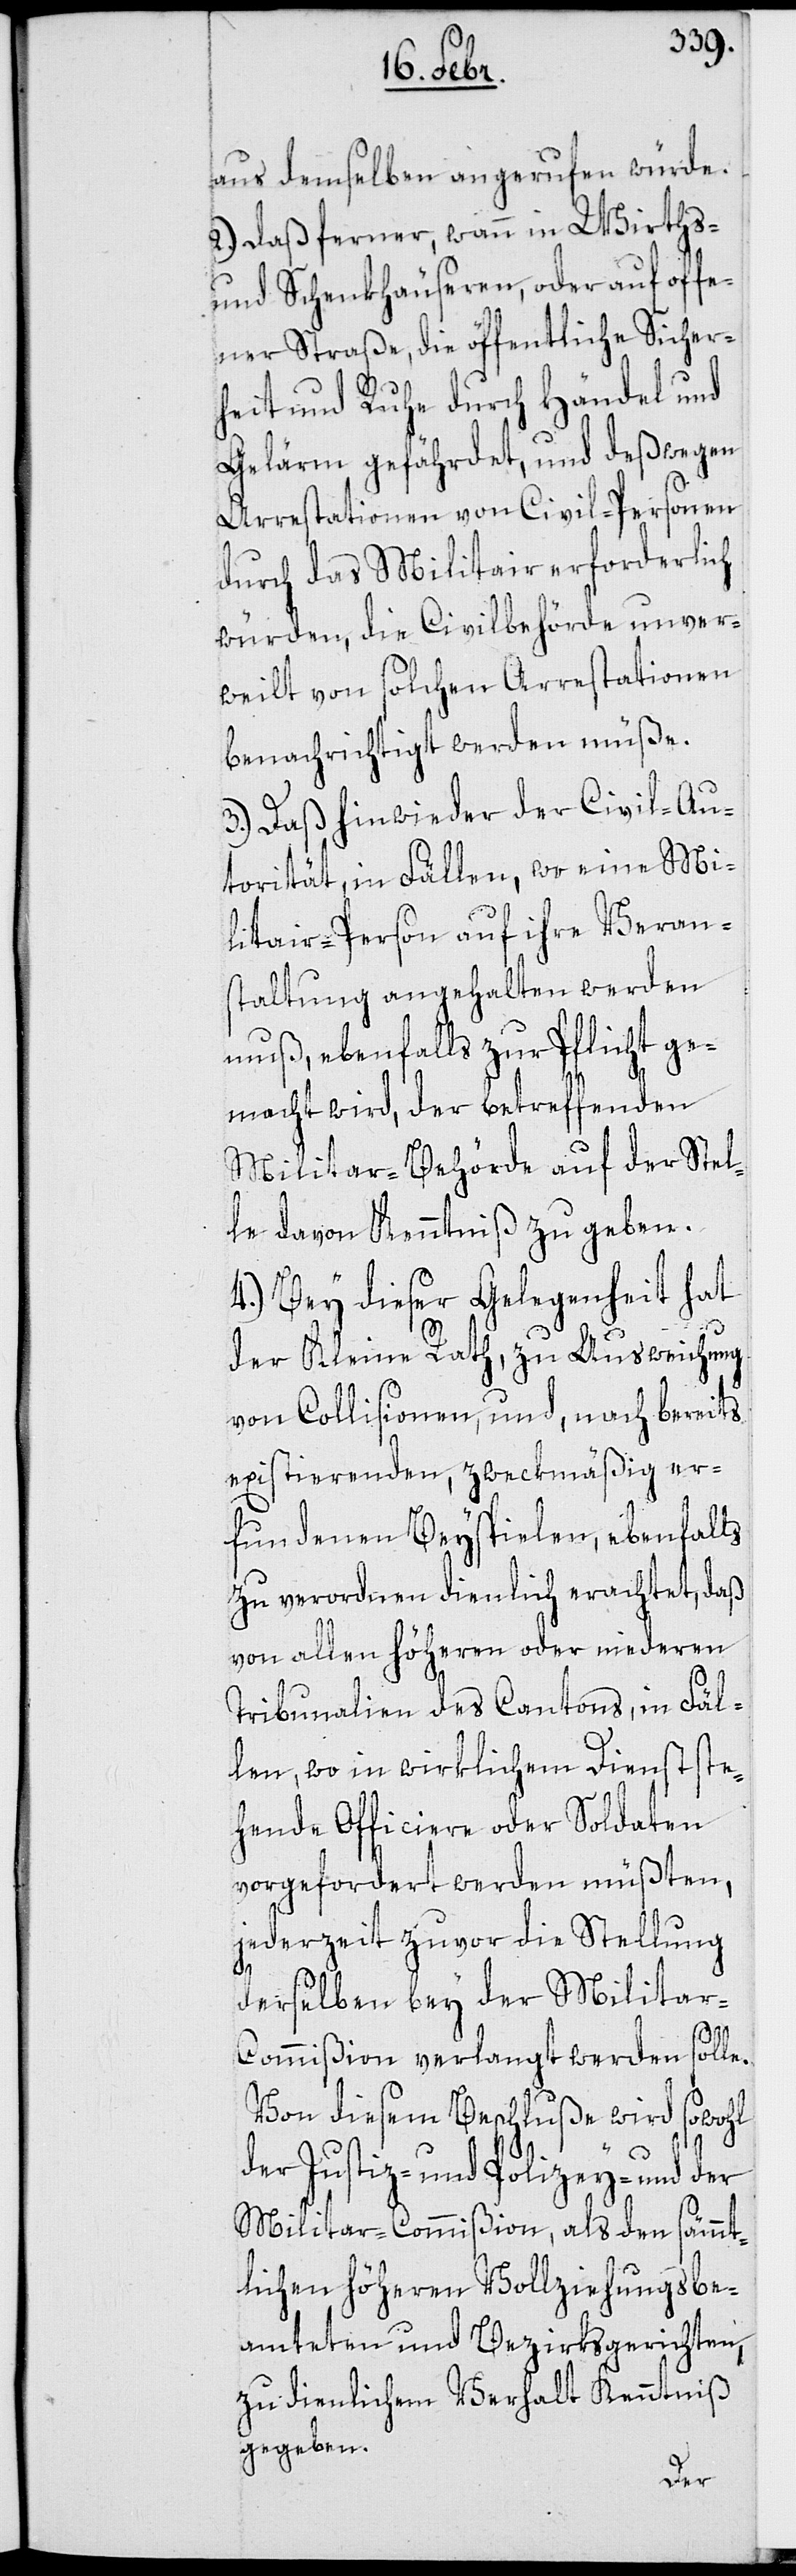
aus demselben angerufen würde.
2.) Daß ferner, wann in Wirths-
und Schenkhäuseren, oder auf offe¬
ner Straße, die öffentliche Sicher¬
heit und Ruhe durch Händel und
Gelärm gefährdet, und deßwegen
Arrestationen von Civil-Personen
durch das Militair erforderlich
würden, die Civilbehörde unver¬
weilt von solchen Arrestationen
benachrichtiget werden müße.
3.) Daß hinwieder der Civil-Au¬
torität, in Fällen, wo eine Mi¬
litair-Person auf ihre Veran¬
staltung angehalten werden
muß, ebenfalls zur Pflicht ge¬
macht wird, der betreffenden
Militar-Behörde auf der Stel¬
le davon Kenntniß zu geben.
4.) Bey dieser Gelegenheit hat
der Kleine Rath, zu Ausweichung
von Collisionen, und, nach bereits
existierenden, zweckmäßig er¬
fundenen Beyspielen, ebenfalls
zu verordnen dienlich erachtet, daß
von allen höheren oder niederen
Tribunalien des Cantons, in Fäl¬
len, wo in wirklichem Dienst ste¬
hende Officiere oder Soldaten
vorgefordert werden müßten,
jederzeit zuvor die Stellung
derselben bey der Milita¬
r-Commißion verlangt werden solle.
Von diesem Beschluße wird sowohl
der Justiz- und Polizey- und der
Militar-Commißion, als den sämmt¬
lichen höheren Vollziehungsbe¬
amteten und Bezirksgerichten,
zu dienlichem Verhalt Kenntniß
gegeben.